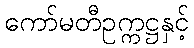
ကော်မတီဥက္ကဋ္ဌနှင့်